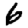
Digit: 6